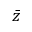
\bar { z }